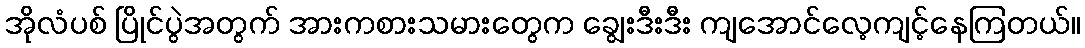
အိုလံပစ် ပြိုင်ပွဲအတွက် အားကစားသမားတွေက ချွေးဒီးဒီး ကျအောင်လေ့ကျင့်နေကြတယ်။